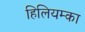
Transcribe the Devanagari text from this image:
हिलियम्का